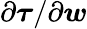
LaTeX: {\partial\boldsymbol{\tau}}/{\partial\boldsymbol{\mathit{w}}}